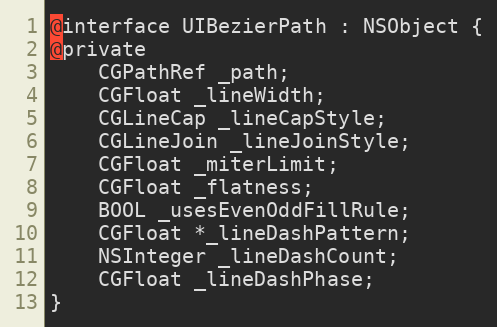
Language: C
@interface UIBezierPath : NSObject {
@private
    CGPathRef _path;
    CGFloat _lineWidth;
    CGLineCap _lineCapStyle;
    CGLineJoin _lineJoinStyle;
    CGFloat _miterLimit;
    CGFloat _flatness;
    BOOL _usesEvenOddFillRule;
    CGFloat *_lineDashPattern;
    NSInteger _lineDashCount;
    CGFloat _lineDashPhase;
}